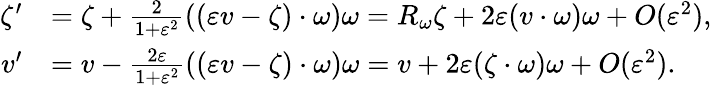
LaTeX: \begin{array}{rl}{\zeta^{\prime}}&{=\zeta+\frac{2}{1+\varepsilon^{2}}((\varepsilon v-\zeta)\cdot\omega)\omega=R_{\omega}\zeta+2\varepsilon(v\cdot\omega)\omega+O(\varepsilon^{2}),}\\ {v^{\prime}}&{=v-\frac{2\varepsilon}{1+\varepsilon^{2}}((\varepsilon v-\zeta)\cdot\omega)\omega=v+2\varepsilon(\zeta\cdot\omega)\omega+O(\varepsilon^{2}).}\end{array}